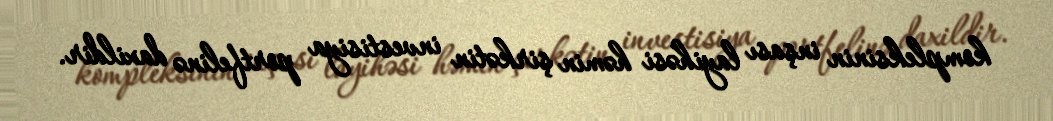
kompleksinin inşası layihəsi həmin şirkətin investisiya portfelinə daxildir.